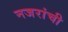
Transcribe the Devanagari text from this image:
नजरांची